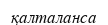
қалталанса